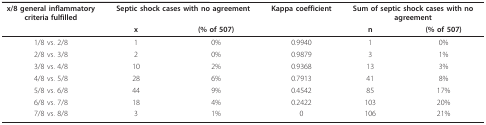
| x/8 general inflammatory criteria fulfilled | <COLSPAN=2> Septic shock cases with no agreement | Kappa coefficient | <COLSPAN=2> Sum of septic shock cases with no agreement |
 |  | x | (% of 507) |  | n | (% of 507) |
 | --- | --- | --- | --- | --- | --- |
 | 1/8 vs. 2/8 | 1 | 0% | 0.9940 | 1 | 0% |
 | 2/8 vs. 3/8 | 2 | 0% | 0.9879 | 3 | 1% |
 | 3/8 vs. 4/8 | 10 | 2% | 0.9368 | 13 | 3% |
 | 4/8 vs. 5/8 | 28 | 6% | 0.7913 | 41 | 8% |
 | 5/8 vs. 6/8 | 44 | 9% | 0.4542 | 85 | 17% |
 | 6/8 vs. 7/8 | 18 | 4% | 0.2422 | 103 | 20% |
 | 7/8 vs. 8/8 | 3 | 1% | 0 | 106 | 21% |